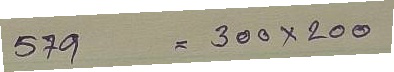
579 = 300 x 200